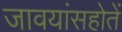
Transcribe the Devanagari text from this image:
जावयांसहोतें